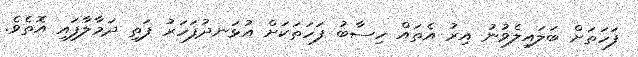
ފަހަތަށް ބަލައިލެވުނު އިރު އެތައް ހިސާބު ފަހަތަކަށް އުޅަނދުފަހަރު ފަތި ދަމާލާފައި އޮތެވެ.